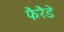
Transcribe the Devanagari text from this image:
फैरैडे